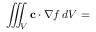
\iiint _ { V } \mathbf { c } \cdot \nabla f \, d V =